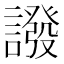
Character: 𧬋